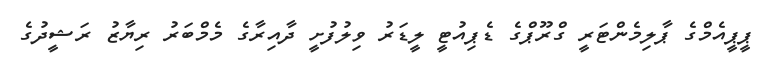
ޕީޕީއެމްގެ ޕާލިމެންޓަރީ ގްރޫޕްގެ ޑެޕިއުޓީ ލީޑަރު ވިލުފުށީ ދާއިރާގެ މެމްބަރު ރިޔާޒު ރަޝީދުގެ